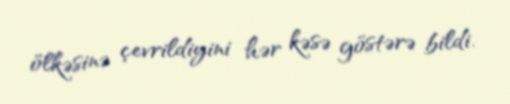
ölkəsinə çevrildiyini hər kəsə göstərə bildi.